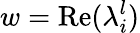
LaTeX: w=\mathrm{Re}(\lambda_{i}^{l})